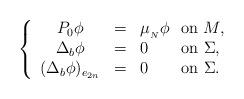
LaTeX: \begin{align*}\left \{ \begin{array}{ccl}P_{0}\phi & = & \mu _{_{N}}\phi \ \ \mathrm{on\ }M, \\ \Delta _{b}\phi & = & 0\ \ \ \ \ \ \mathrm{on\ }\Sigma , \\ (\Delta _{b}\phi )_{e_{2n}} & = & 0\ \ \ \ \ \ \mathrm{on}\ \Sigma .\end{array}\right. \end{align*}